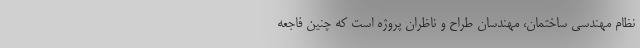
نظام مهندسی ساختمان، مهندسان طراح و ناظران پروژه است که چنین فاجعه